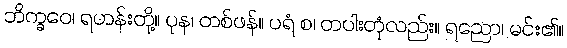
ဘိက္ခဝေ၊ ရဟန်းတို့။ ပုန၊ တစ်ဖန်။ ပရံ စ၊ တပါးတုံလည်း။ ရညော၊ မင်း၏။